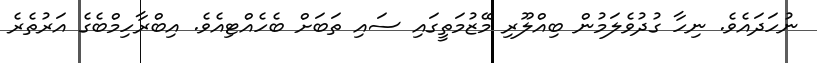
ނުހަދައެވެ. ނިހާ ގުދުވެލަމުން ބިއްލޫރި މޭޒުމަތީގައި ސައި ތަބަށް ބެހެއްޓިއެވެ. އިބްރާހިމްބެގެ އަރުތެރެ